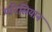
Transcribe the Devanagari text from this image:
परिसियान